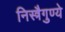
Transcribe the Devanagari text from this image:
निस्त्रैगुण्ये